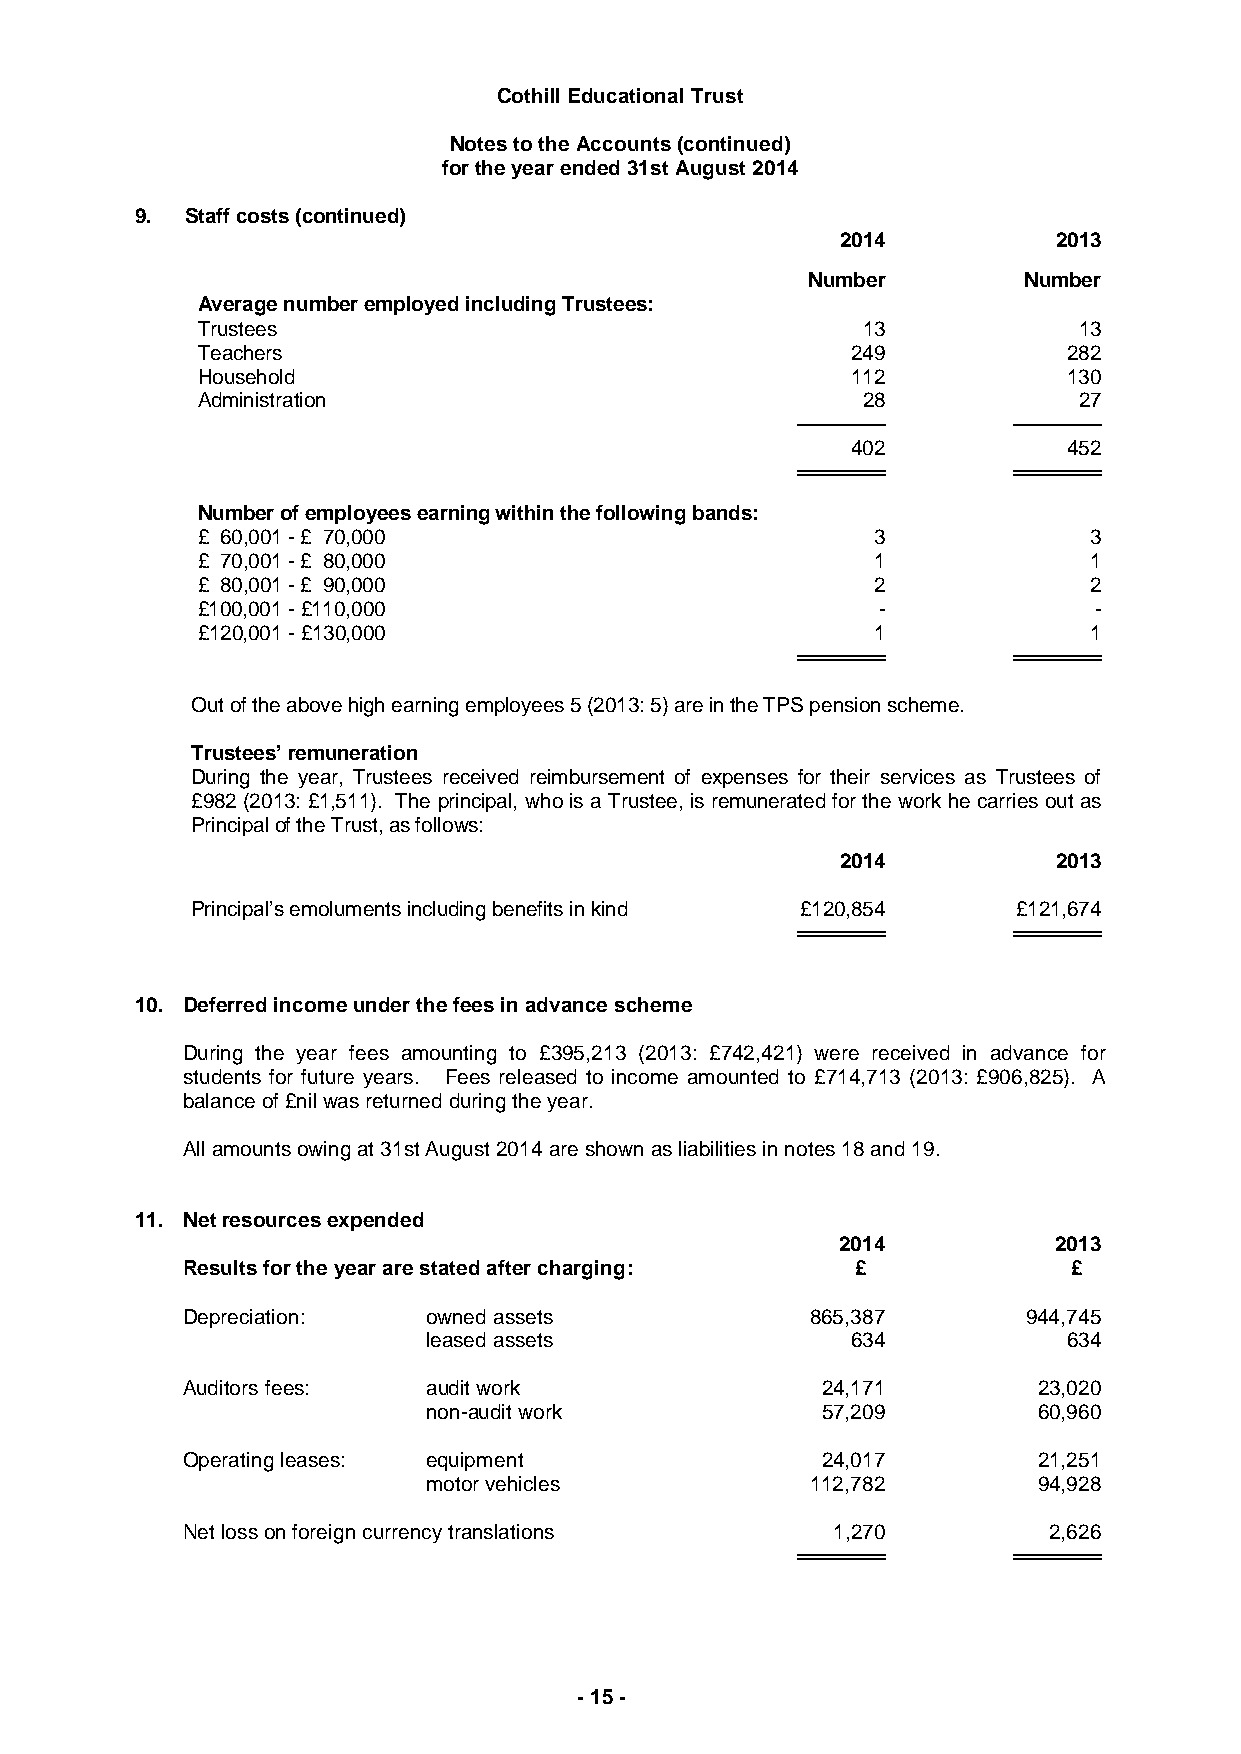
Cothill Educational Trust
 Notes to the Accounts (continued)
 for the year ended 31st August 2014
 9. Staff costs (continued)
 2014          2013
 Number         Number
 Average number employed including Trustees:
 Trustees                                    13            13
 Teachers                                   249            282
 Household                                  112            130
 Administration                              28            27
 ──────        ──────
 402            452
 ══════        ══════
 Number of employees earning within the following bands:
 £ 60,001 - £ 70,000                          3             3
 £ 70,001 - £ 80,000                          1             1
 £ 80,001 - £ 90,000                          2             2
 £100,001 - £110,000                          -             -
 £120,001 - £130,000                          1             1
 ══════        ══════
 Out of the above high earning employees 5 (2013: 5) are in the TPS pension scheme.
 Trustees’ remuneration
 During the year, Trustees received reimbursement of expenses for their services as Trustees of
 £982 (2013: £1,511). The principal, who is a Trustee, is remunerated for the work he carries out as
 Principal of the Trust, as follows:
 2014          2013
 Principal’s emoluments including benefits in kind £120,854 £121,674
 ══════        ══════
 10. Deferred income under the fees in advance scheme
 During the year fees amounting to £395,213 (2013: £742,421) were received in advance for
 students for future years. Fees released to income amounted to £714,713 (2013: £906,825). A
 balance of £nil was returned during the year.
 All amounts owing at 31st August 2014 are shown as liabilities in notes 18 and 19.
 11. Net resources expended
 2014          2013
 Results for the year are stated after charging: £          £
 Depreciation:   owned assets              865,387       944,745
 leased assets               634            634
 Auditors fees:  audit work                24,171         23,020
 non-audit work            57,209         60,960
 Operating leases: equipment               24,017         21,251
 motor vehicles            112,782        94,928
 Net loss on foreign currency translations  1,270         2,626
 ══════        ══════
 - 15 -